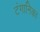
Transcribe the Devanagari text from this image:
टंगानिका